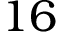
1 6